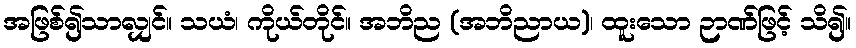
အဖြစ်၍သာလျှင်။ သယံ၊ ကိုယ်တိုင်။ အဘိည (အဘိညာယ)၊ ထူးသော ဉာဏ်ဖြင့် သိ၍။